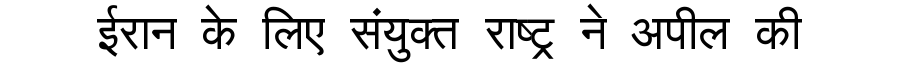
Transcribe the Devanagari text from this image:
ईरान के लिए संयुक्त राष्ट्र ने अपील की